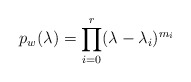
\begin{align*}p_w(\lambda )=\prod\limits_{i=0}^r(\lambda -\lambda _i)^{m_i}\end{align*}